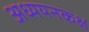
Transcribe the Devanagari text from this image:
अध्ययनकक्ष